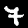
Digit: 7